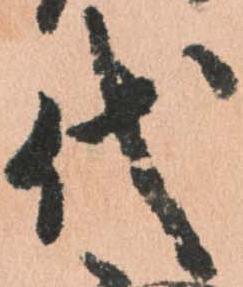
代